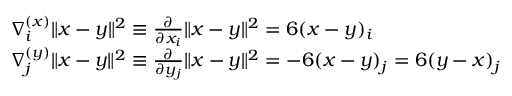
\begin{array} { r l } & { \nabla _ { i } ^ { ( x ) } \| x - y \| ^ { 2 } \equiv \frac { \partial } { \partial x _ { i } } \| x - y \| ^ { 2 } = 6 ( x - y ) _ { i } } \\ & { \nabla _ { j } ^ { ( y ) } \| x - y \| ^ { 2 } \equiv \frac { \partial } { \partial y _ { j } } \| x - y \| ^ { 2 } = - 6 ( x - y ) _ { j } = 6 ( y - x ) _ { j } } \end{array}